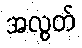
အလွတ်